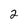
Character: 2